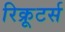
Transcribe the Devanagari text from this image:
रिक्रूटर्स